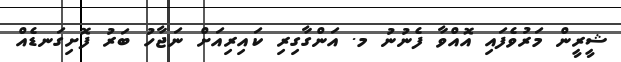
ޝީރީން މަރުވެފައި އޮއްވާ ފެނުނު މ. އަންގާގިރި ކައިރިއަށް ނަޖާހު ބަރު ފޮށިގަނޑެއް